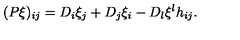
( P \xi ) _ { i j } = D _ { i } \xi _ { j } + D _ { j } \xi _ { i } - D _ { l } \xi ^ { l } h _ { i j } .